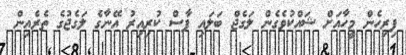
ފިރިހެން މީހާއަށް ޝައްކުވެގެން ލަގެޖް ބަލައި ފާސް ކުރިއިރު އޭނާގެ ލަގެޖުގެ ތެރެއިން